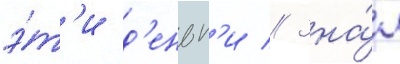
э́т'и д'еньг'и // Зна́л